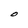
Character: O